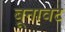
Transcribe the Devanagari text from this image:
बूनावट